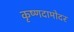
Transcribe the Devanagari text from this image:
कृष्णदामोदर